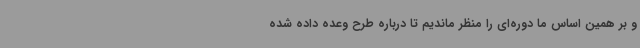
و بر همین اساس ما دوره‌ای را منظر ماندیم تا درباره طرح وعده داده شده